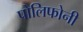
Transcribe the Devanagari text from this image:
पोलिफोनी